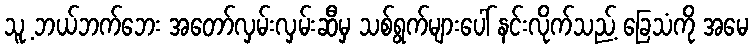
သူ့ ဘယ်ဘက်ဘေး အတော်လှမ်းလှမ်းဆီမှ သစ်ရွက်များပေါ် နင်းလိုက်သည့် ခြေသံကို အမေ